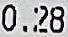
0.28